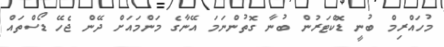
މުހައްރިމް ބުނީ ޑޮކްޓަރުން ބުނާ ގޮތުންނަމަ އޭނާގެ މަންމައަށް ދޭން ޖެހޭ ޑޯސްތައް